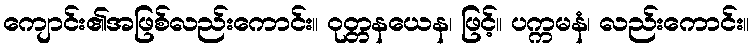
ကျောင်း၏အဖြစ်လည်းကောင်း။ ဝုတ္တနယေန၊ ဖြင့်။ ပက္ကမနံ၊ လည်းကောင်း။